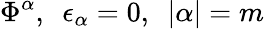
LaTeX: \Phi^{\alpha},~~\epsilon_{\alpha}=0,~~|\alpha|=m